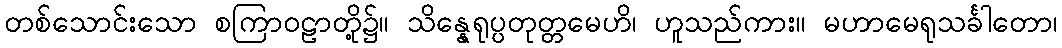
တစ်သောင်းသော စကြာဝဠာတို့၌။ သိန္နေရုပ္ပတုတ္တမေဟိ၊ ဟူသည်ကား။ မဟာမေရုသင်္ခါတော၊